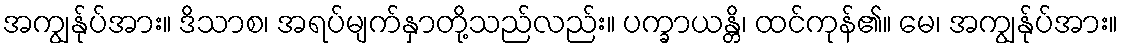
အကျွန်ုပ်အား။ ဒိသာစ၊ အရပ်မျက်နှာတို့သည်လည်း။ ပက္ခာယန္တိ၊ ထင်ကုန်၏။ မေ၊ အကျွန်ုပ်အား။